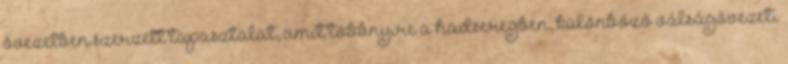
övezetben szerzett tapasztalat, amit többnyire a hadseregben, különböző válságövezeti